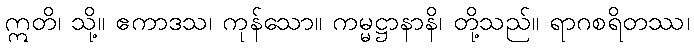
ဣတိ၊ သို့။ ဧကာဒသ၊ ကုန်သော။ ကမ္မဋ္ဌာနာနိ၊ တို့သည်။ ရာဂစရိတဿ၊